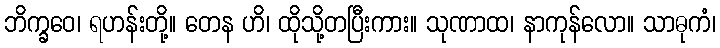
ဘိက္ခဝေ၊ ရဟန်းတို့။ တေန ဟိ၊ ထိုသို့တပြီးကား။ သုဏာထ၊ နာကုန်လော။ သာဓုကံ၊